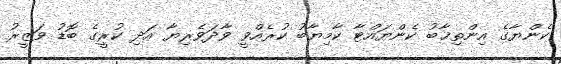
ކެންޔާގެ އިންތިޚާބު ކެންޔައްޓާ ކާމިޔާބު ކުރެއްވީ ވާދަވެރިޔާ އަދި ކުރީގެ ބޮޑު ވަޒީރު